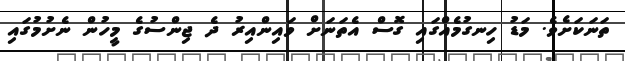
ތަނަކަށެވެ. މަޑު ހިނގުމެއްގައި ގޮސް އެތަނަށް ވައިންއިރު ދެ ޖިންސުގެ މީހުން ނެށުމުގައި